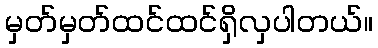
မှတ်မှတ်ထင်ထင်ရှိလှပါတယ်။